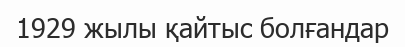
1929 жылы қайтыс болғандар